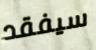
سيفقد